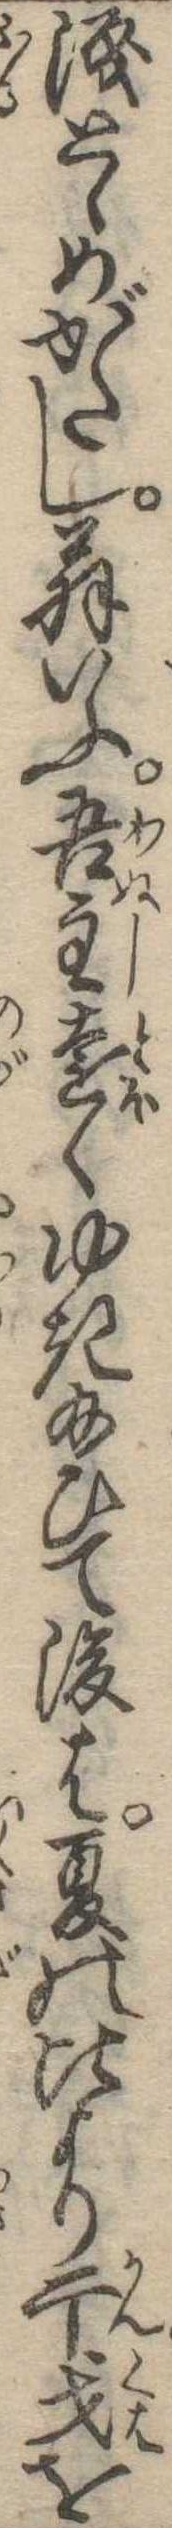
涙とゞめがたし翁いふ吾主遠くゆき給ひて後は夏の比より干戈を